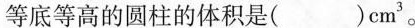
等底等高的圆柱的体积是()cm^{3}。